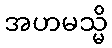
အဟမသ္မိ